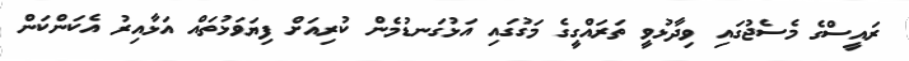
ރައީސްގެ މެސެޖުގައި ވިދާޅުވީ ތަރައްގީގެ މަގުގައި އަޅުގަނޑުމެން ކުރިއަށް ފިޔަވަޅުތައް އަޅާއިރު އެކަންކަން